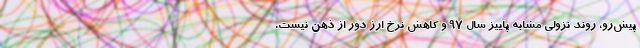
پیش‌رو، روند نزولی مشابه پاییز سال ۹۷ و کاهش نرخ ارز دور از ذهن نیست.